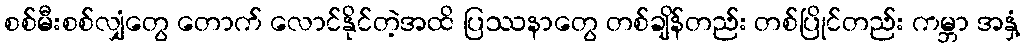
စစ်မီးစစ်လျှံတွေ တောက် လောင်နိုင်တဲ့အထိ ပြဿနာတွေ တစ်ချိန်တည်း တစ်ပြိုင်တည်း ကမ္ဘာ အနှံ့